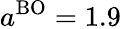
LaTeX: a^{\mathrm{BO}}=1.9